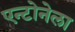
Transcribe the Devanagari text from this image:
एन्टोनेला